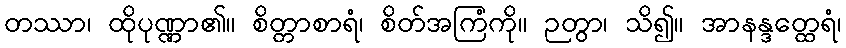
တဿာ၊ ထိုပုဏ္ဏာ၏။ စိတ္တာစာရံ၊ စိတ်အကြံကို။ ဉတွာ၊ သိ၍။ အာနန္ဒတ္ထေရံ၊